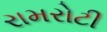
રામરોટી